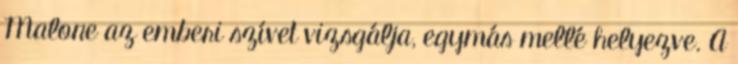
Malone az emberi szívet vizsgálja, egymás mellé helyezve. A